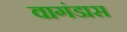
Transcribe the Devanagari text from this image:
वागंडास